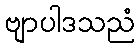
ဗျာပါဒသညံ